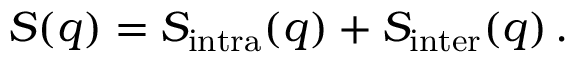
S ( q ) = S _ { \mathrm { i n t r a } } ( q ) + S _ { \mathrm { i n t e r } } ( q ) \, .